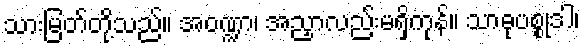
သားမြတ်တို့သည်။ အဝဏ္ဍာ၊ အညှာလည်းမရှိကုန်။ သာဓုပစ္စုဒါ၊